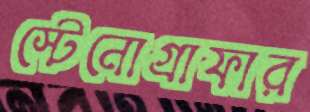
স্টেনোগ্রাফার